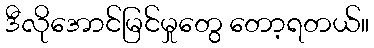
ဒီလိုအောင်မြင်မှုတွေ တော့ရတယ်။